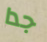
جدا